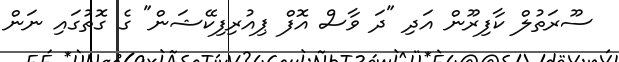
ސޫރަތުލް ކާފިރޫން އަދި "ދަ ވާސް އޮފް ޕިއުރިފިކޭޝަން" ގެ ގޮތުގައި ނަން